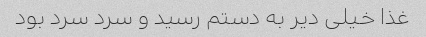
غذا خیلی دیر به دستم رسید و سرد سرد بود